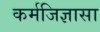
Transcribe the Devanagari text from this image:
कर्मजिज्ञासा